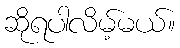
ဆိုရပါလိမ့်မယ်။